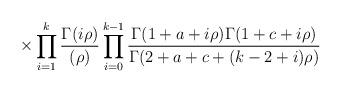
LaTeX: \begin{align*}\hspace{10mm}\times\prod_{i = 1}^{k}\frac{\Gamma( i\rho )}{(\rho)}\prod_{i =0}^{k - 1}\frac{\Gamma(1 + a + i\rho)\Gamma(1 + c + i\rho)}{\Gamma(2 + a + c +(k - 2 + i)\rho)}\end{align*}